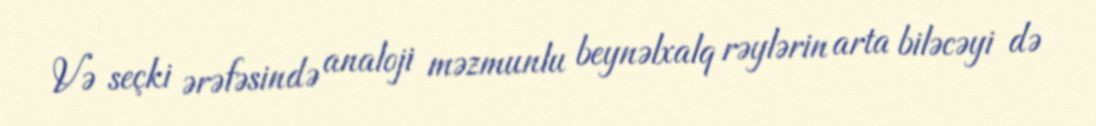
Və seçki ərəfəsində analoji məzmunlu beynəlxalq rəylərin arta biləcəyi də